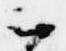
云